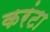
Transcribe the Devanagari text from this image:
करंटा